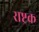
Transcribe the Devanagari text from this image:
राष्ट्रक